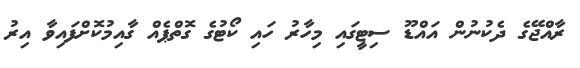
ރާއްޖޭގެ ދެކުނުން އައްޑޫ ސިޓީގައި މިހާރު ހައި ކޯޓުގެ ގޮތްޕެއް ގާއިމުކޮށްފައިވާ އިރު